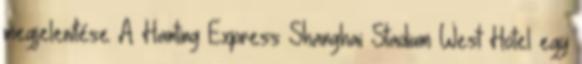
megjelenítése A Hanting Express Shanghai Stadium West Hotel egy